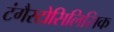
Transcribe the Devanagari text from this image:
टंगैस्टोसिलिसिक